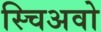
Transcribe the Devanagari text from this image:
स्चिअवो